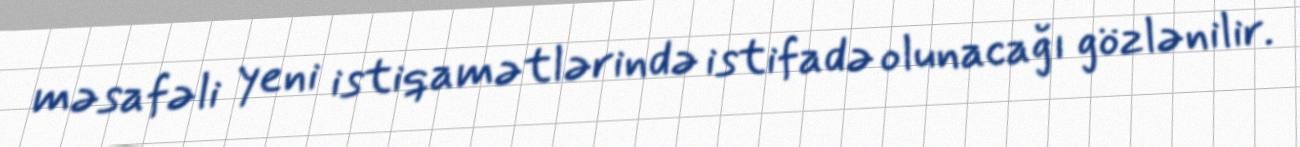
məsafəli yeni istiqamətlərində istifadə olunacağı gözlənilir.